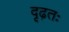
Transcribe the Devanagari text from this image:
दृढ़तः